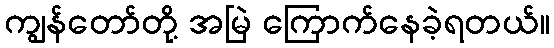
ကျွန်တော်တို့ အမြဲ ကြောက်နေခဲ့ရတယ်။